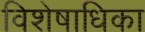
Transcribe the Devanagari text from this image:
विशेषाधिका